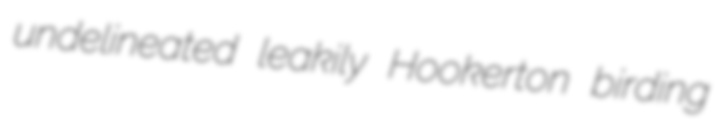
undelineated leakily Hookerton birding